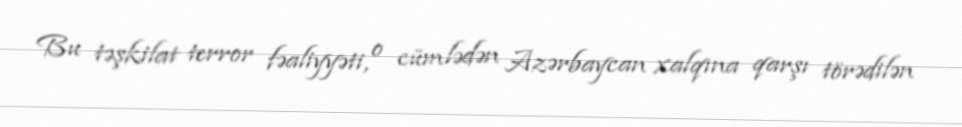
Bu təşkilat terror fəaliyyəti, o cümlədən Azərbaycan xalqına qarşı törədilən